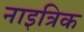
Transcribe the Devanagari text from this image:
नाइत्रिक